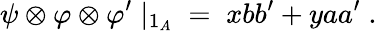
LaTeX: \psi\otimes\varphi\otimes\varphi^{\prime}\; |_{1_{A}}\; =\; xbb^{\prime}+yaa^{\prime}\; .